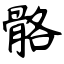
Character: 骼